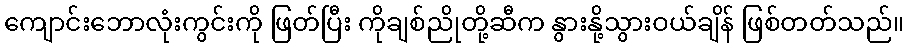
ကျောင်းဘောလုံးကွင်းကို ဖြတ်ပြီး ကိုချစ်ညိုတို့ဆီက နွားနို့သွားဝယ်ချိန် ဖြစ်တတ်သည်။